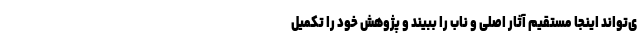
ی‌تواند اینجا مستقیم آثار اصلی و ناب را ببیند و پژوهش خود را تکمیل